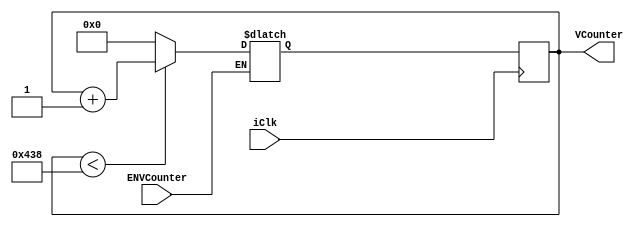
module vcounter (
	input iClk,
	input ENVCounter,
	output [15:0]VCounter
);

reg [15:0]VCounter_D = 16'd0;
reg [15:0]VCounter_Q = 16'd0;

assign VCounter = VCounter_Q;

always @ (posedge iClk)
begin
	VCounter_Q <= VCounter_D;
end

always @ *
begin
	if(ENVCounter) // si la bandera de vsync est encendida
	begin
		if(VCounter_Q < 15'd1080) // y si no lleg al lmite de pixeles
		begin
			VCounter_D = VCounter_Q + 15'd1; // contador de vsync
		end
		else
		begin
			VCounter_D = 15'd0; 
		end
	end
end

endmodule